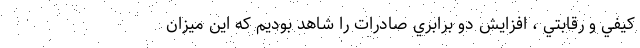
كيفي و رقابتي ، افزايش دو برابري صادرات را شاهد بوديم كه اين ميزان